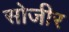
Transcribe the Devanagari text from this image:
सोजीर